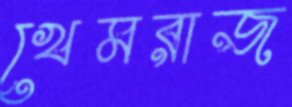
খেমরাজ